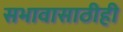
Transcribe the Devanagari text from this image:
सभावासाठीही